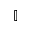
\mathbb { I }